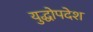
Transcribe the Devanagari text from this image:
युद्धोपदेश